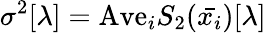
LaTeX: \sigma^{2}[\lambda]=\mathrm{Ave}_{i}S_{2}(\bar{x_{i}})[\lambda]